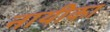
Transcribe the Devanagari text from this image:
नायीका